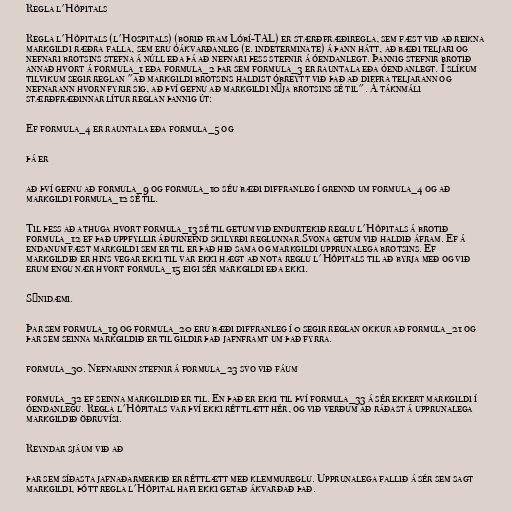
Regla l'Hôpitals

Regla l'Hôpitals (l'Hospitals) (borið fram Lóbí-TAL) er stærðfræðiregla, sem fæst við að reikna
markgildi ræðra falla, sem eru óákvarðanleg (e. indeterminate) á þann hátt, að bæði teljari og
nefnari brotsins stefna á núll eða þá að nefnari þess stefnir á óendanlegt. Þannig stefnir brotið
annað hvort á formula_1 eða formula_2 þar sem formula_3 er rauntala eða óendanlegt. Í slíkum
tilvikum segir reglan "að markgildi brotsins haldist óbreytt við það að diffra teljarann og
nefnarann hvorn fyrir sig, að því gefnu að markgildi nýja brotsins sé til". Á táknmáli
stærðfræðinnar lítur reglan þannig út:

Ef formula_4 er rauntala eða formula_5 og

þá er

að því gefnu að formula_9 og formula_10 séu bæði diffranleg í grennd um formula_4 og að
markgildi formula_12 sé til.

Til þess að athuga hvort formula_13 sé til getum við endurtekið reglu l'Hôpitals á brotið
formula_12 ef það uppfyllir áðurnefnd skilyrði reglunnar.Svona getum við haldið áfram. Ef á
endanum fæst markgildi sem er til er það hið sama og markgildi upprunalega brotsins. Ef
markgildið er hins vegar ekki til var ekki hægt að nota reglu l'Hôpitals til að byrja með og við
erum engu nær hvort formula_15 eigi sér markgildi eða ekki.

Sýnidæmi.

Þar sem formula_19 og formula_20 eru bæði diffranleg í 0 segir reglan okkur að formula_21 og
þar sem seinna markgildið er til gildir það jafnframt um það fyrra.

formula_30. Nefnarinn stefnir á formula_23 svo við fáum

formula_32 ef seinna markgildið er til. En það er ekki til því formula_33 á sér ekkert markgildi í
óendanlegu. Regla l'Hôpitals var því ekki réttlætt hér, og við verðum að ráðast á upprunalega
markgildið öðruvísi.

Reyndar sjáum við að

þar sem síðasta jafnaðarmerkið er réttlætt með klemmureglu. Upprunalega fallið á sér sem sagt
markgildi, þótt regla l'Hôpital hafi ekki getað ákvarðað það.